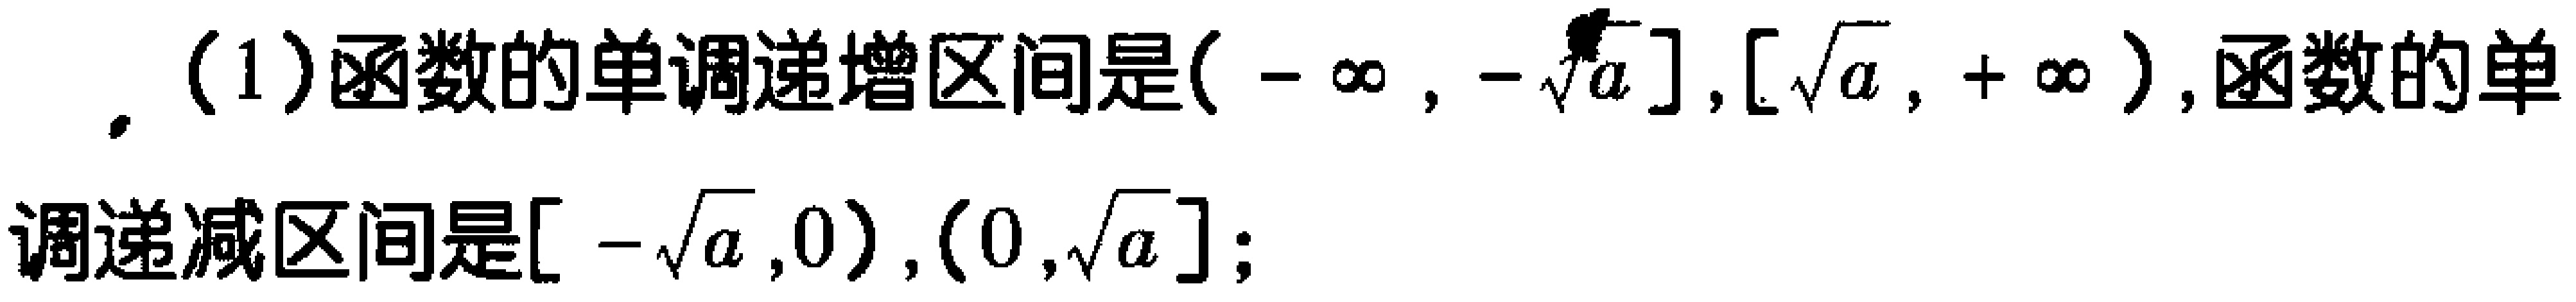
(1)函数的单调递增区间是\((-\infty,-\sqrt{a}],[ \sqrt{a},+\infty)\),函数的单调递减区间是\([-\sqrt{a},0),(0,\sqrt{a}]\);